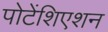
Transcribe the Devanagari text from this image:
पोटेंशिएशन